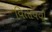
વિતાવવી